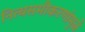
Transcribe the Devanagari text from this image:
नित्यसमीकरणांमुळे